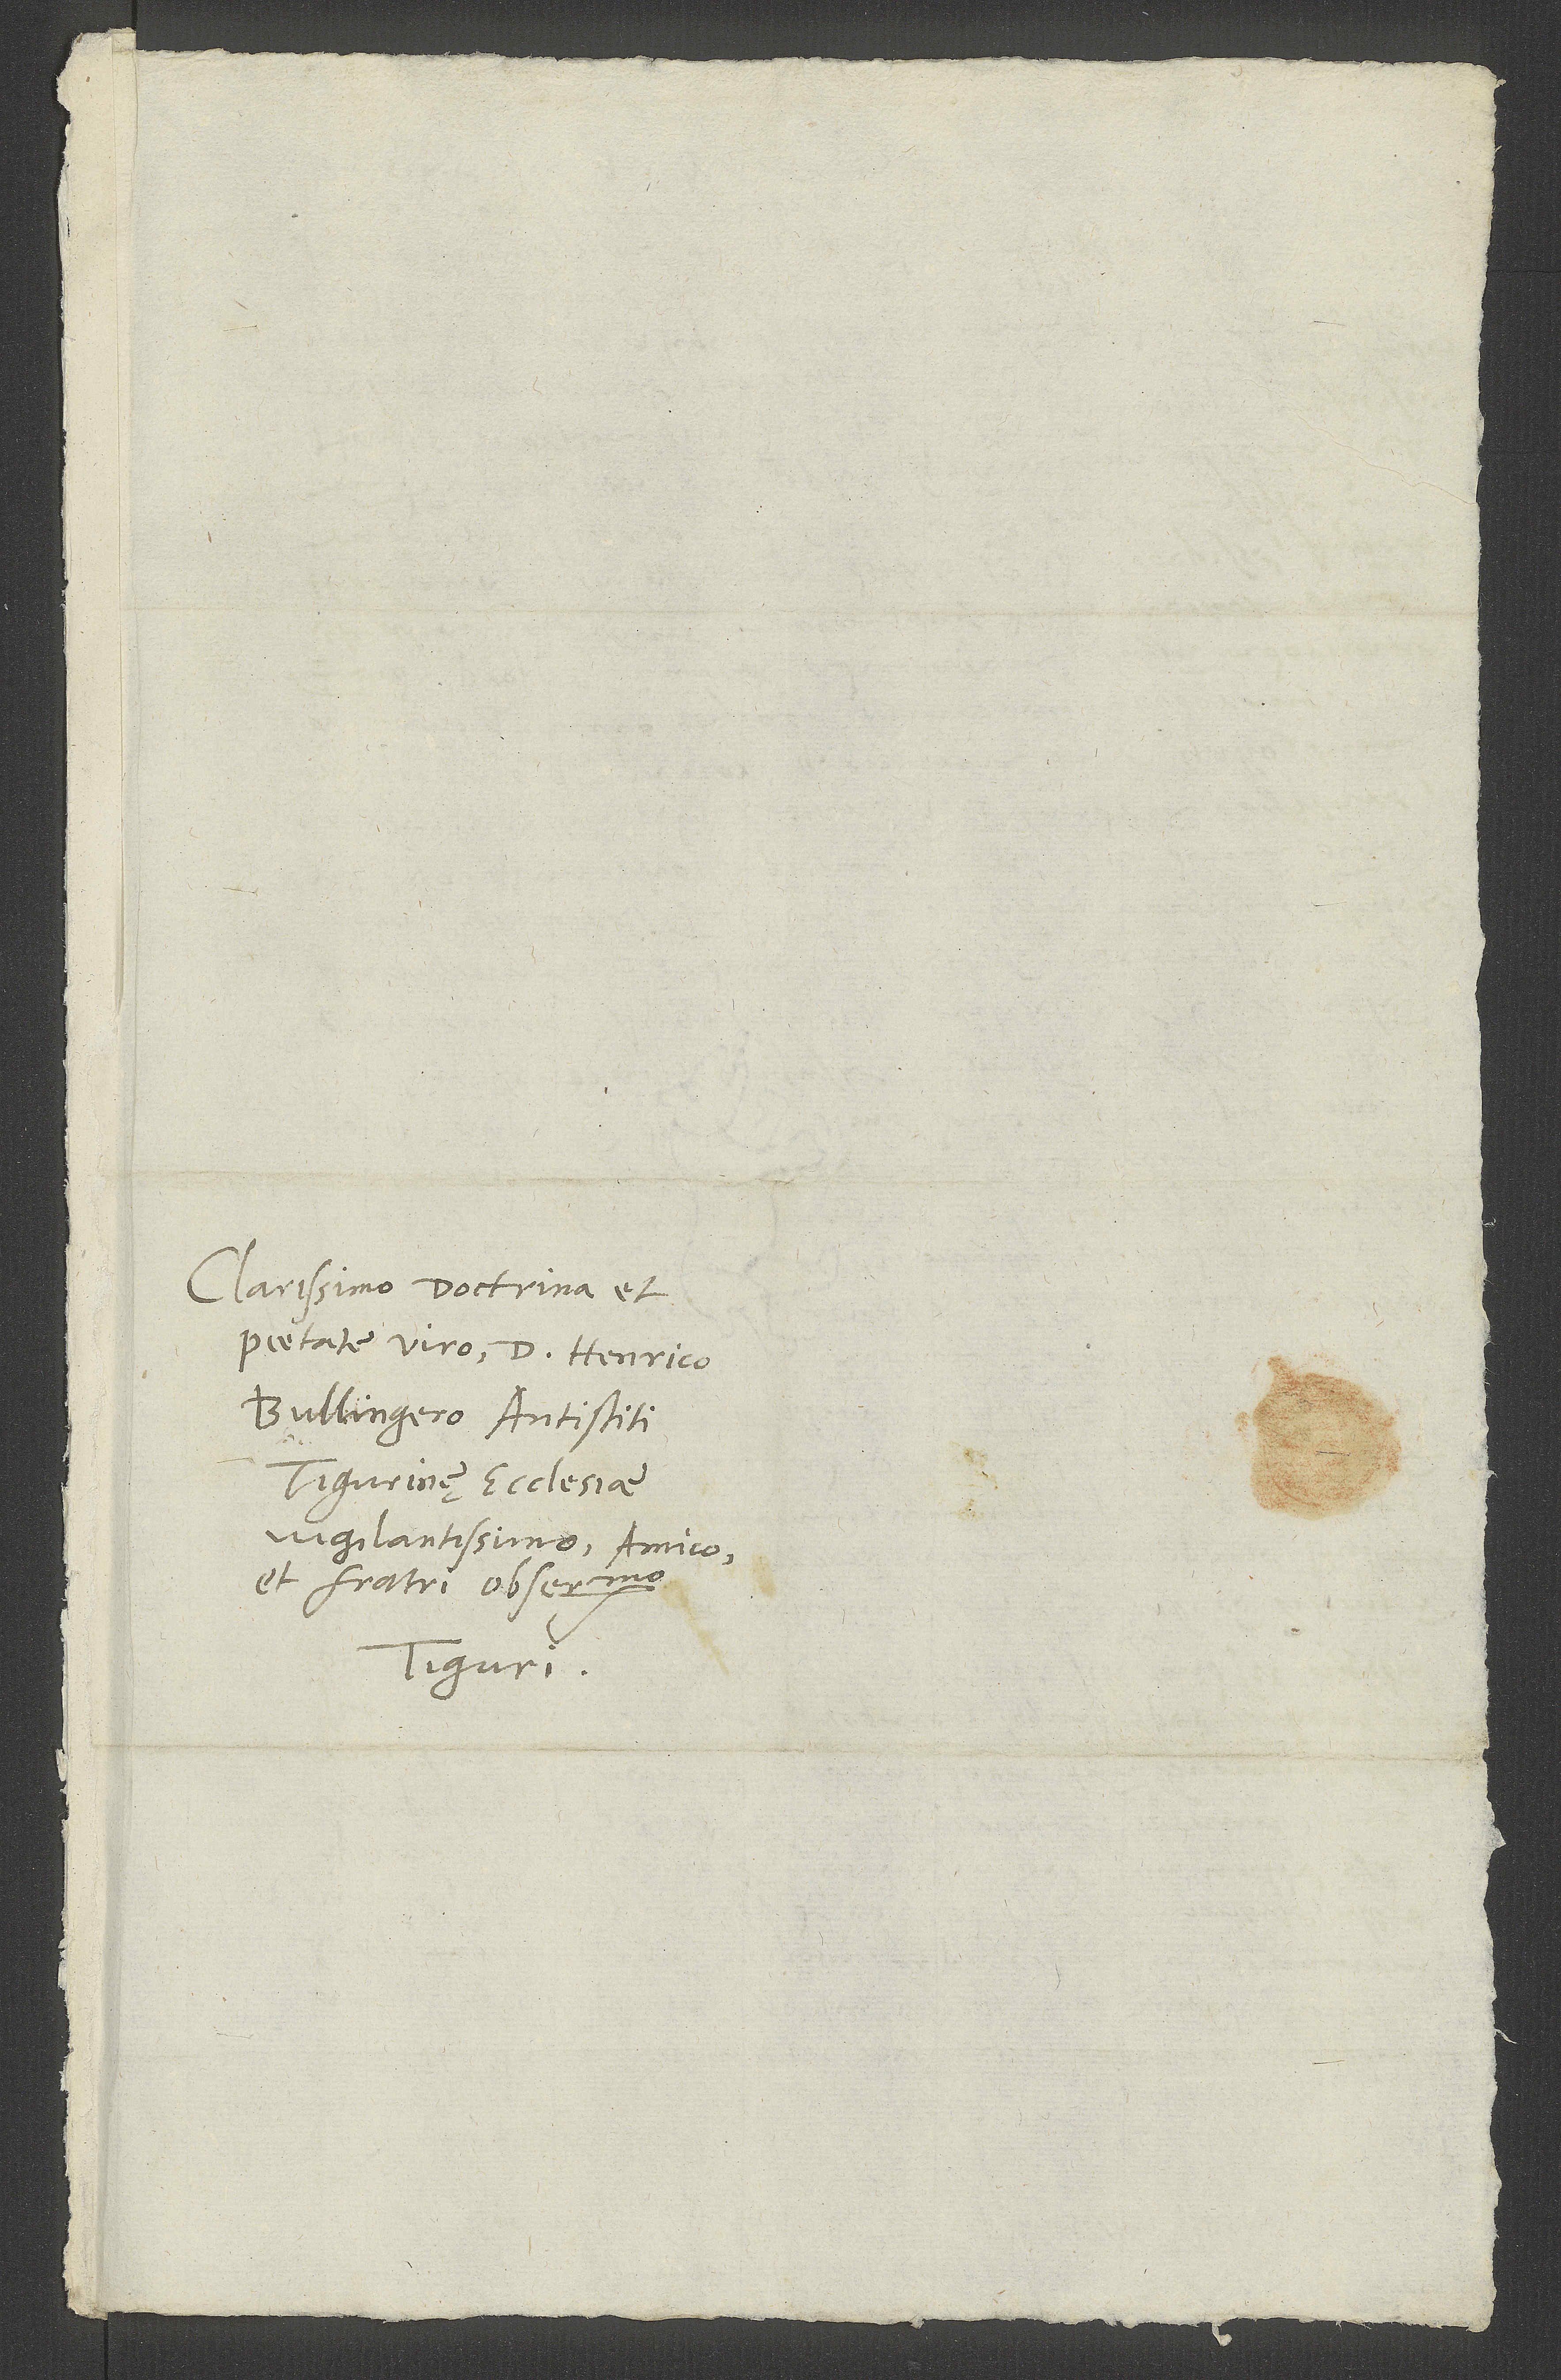
Clarissimo doctrina et
pietate viro d. Henrico
Bullingero, antistiti
Tigurinę ecclesiae
vigilantissimo, amico
et fratri observandissimo.
Tiguri.